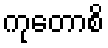
ကုတောစိ